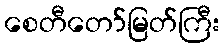
စေတီတော်မြတ်ကြီး